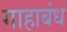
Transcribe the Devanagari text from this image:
गाहाबंध